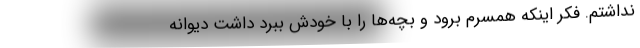
نداشتم. فکر اینکه همسرم برود و بچه‌ها را با خودش ببرد داشت دیوانه